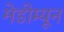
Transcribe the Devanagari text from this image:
मेडीम्यून